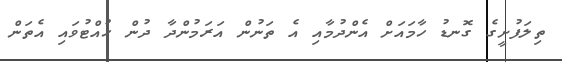
ތިލަފުށީގެ ގޮނޑު ހާމައަށް އެންދުމާއި އެ ތަނުން އަރަމުންދާ ދުން ހުއްޓުވައި އެތަން